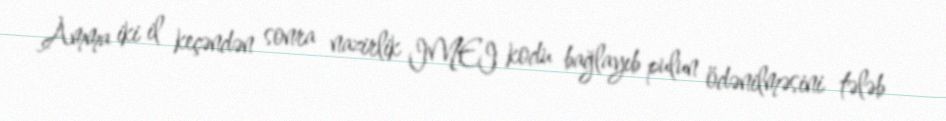
Amma iki il keçəndən sonra nazirlik IMEI kodu bağlayıb pulun ödənilməsini tələb